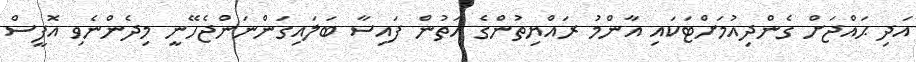
އަދި ޙައްޖަށް ގެންދިއުމަށްޓަކައި އާންމު ރައްޔިތުންގެ އަތުން ފައިސާ ބަލައިގަންނަންޖެހޭނީ މިދެންނެވި އޮފީސް